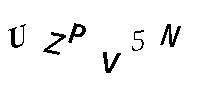
UZPV5N